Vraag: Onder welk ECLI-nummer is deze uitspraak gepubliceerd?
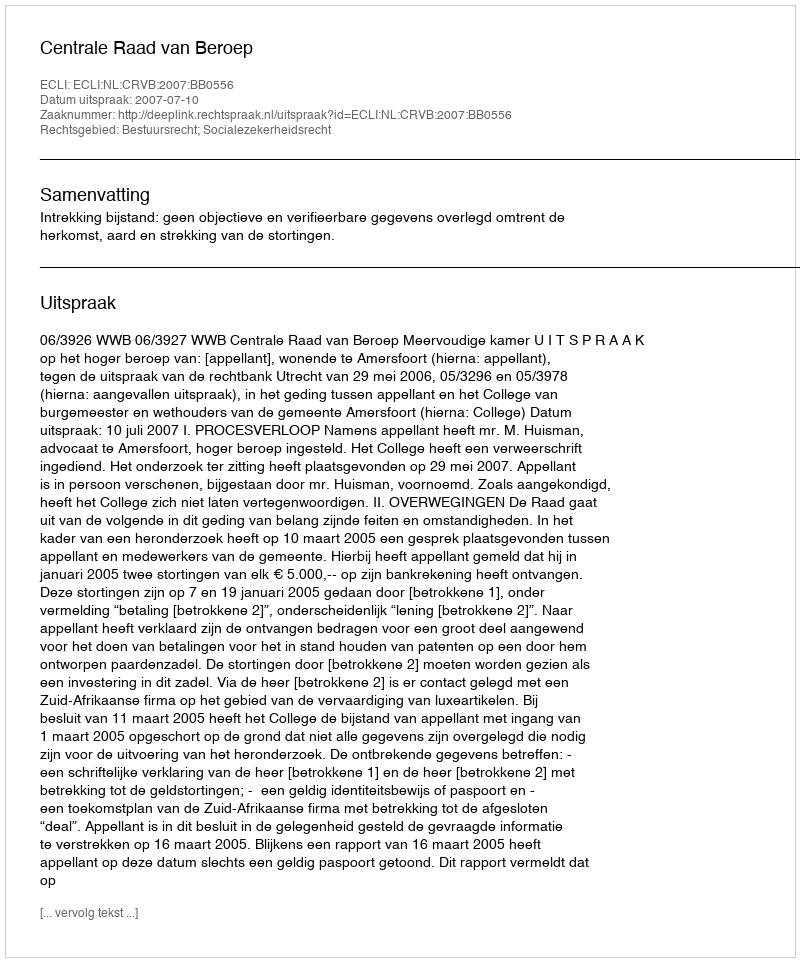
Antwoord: ECLI:NL:CRVB:2007:BB0556